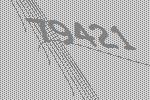
79421